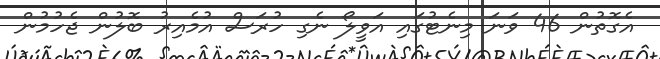
އެގޮތުން 46 ވަނަ މިނެޓުގައި އަވީލޯ ނެގި ހުރަސް އުމެއިރު ބޮލުން ޖެހުމުން